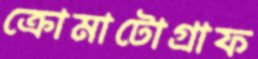
ক্রোমাটোগ্রাফ